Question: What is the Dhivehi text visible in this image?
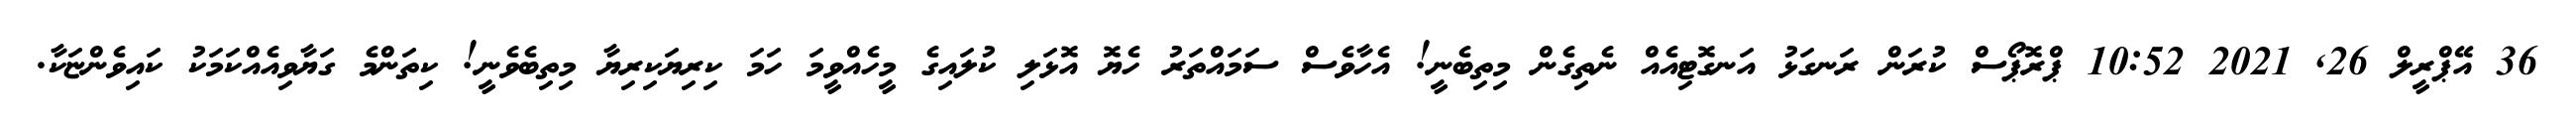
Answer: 36 އޭޕްރީލް 26, 2021 10:52 ޕްރޮޕޯސް ކުރަން ރަނގަޅު އަނގޮޓިއެއް ނެތިގެން މިތިބެނީ! އެހާވެސް ސަމައްތަރު ހެޔޮ އޮޅަލި ކުލައިގެ މީހެއްވީމަ ހަމަ ކިރިޔަކިރިޔާ މިތިބެވެނީ! ކިތަންމެ ގަޔާވިއެއްކަމަކު ކައިވެންޏަކާ.